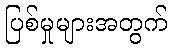
ပြစ်မှုများအတွက်